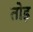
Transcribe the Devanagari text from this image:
तो़ड़